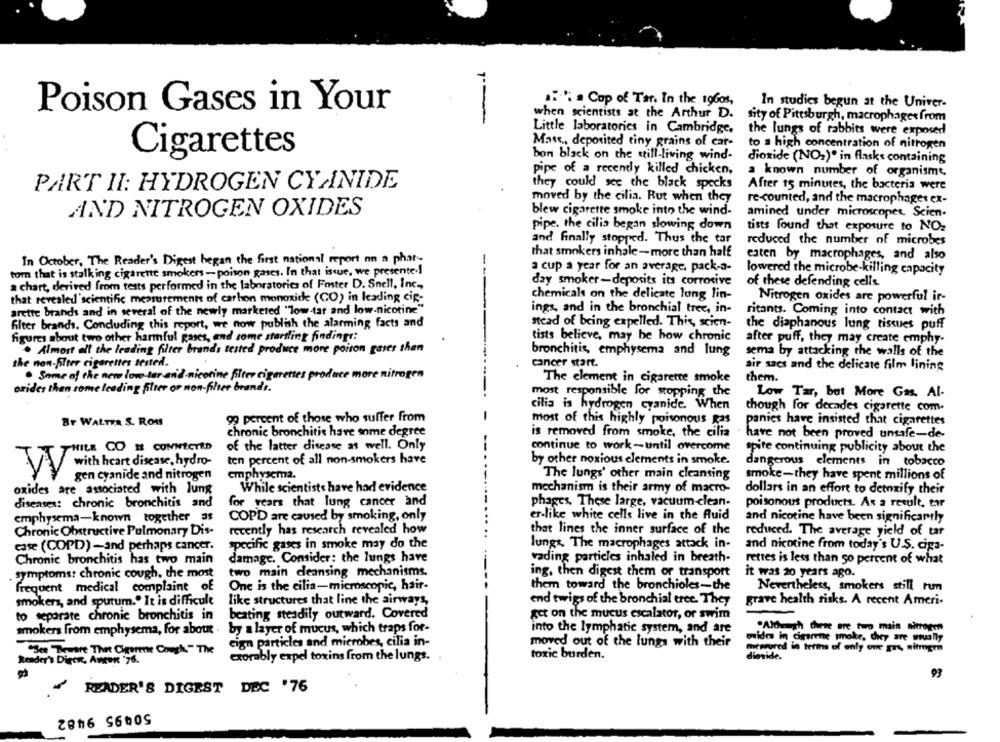
5." a Cop of Tar. In the roGos,
In studies begun at the Univer-
Poison Gases in Your
when scientists at the Arthur D.
sity of Pittsburgh, macrophages from
7º-
Little laboratories in Cambridge.
the lungs of rabbits were exposed
Mass ., deposited tiny grains of care
to a high concentration of nitrogen
Cigarettes
bon black on the still-living wind-
dioxide (NO:)" in flasks containing
pipe of a recently killed chicken,
a known number of organisme,
PART II: HYDROGEN CYANIDE
they could see the black specks
After 15 minutes, the bacteria were
moved by the cilia. Rut when they
re-counted, and the macrophages ex-
AND NITROGEN OXIDES
blew cigarette smoke into the wind-
amined under microscopes, Scien-
pipe. the cilia began slowing down
tists found that exposure to NO2
and finally stopped. Thus the tar
reduced the number of microbes
In October, The Reader's Digest began the first national report on a photo
that smokers inhale -more than half
eaten by macrophages, and also
tom that is stalk ing cigarette smokers - poison gases. In that issue, we presente .!
a cup a year for an average, pack-a-
lowered the microbe-killing capacity
day smoker-deposits its corrosive
of these defending cells.
a chart, derived from tests performed in the laboratories of Foster D. Snell, Inc .,
chemicals on the delicate lung lin-
that revealed' scientific measurement of carbon monoxide (CO) in leading cip-
Nitrogen oxides are powerful ir-
arette brands and in several of the newly marketed "low-tar and low-nicotine"
ings, and in the bronchial tree, in-
ritants. Coming into contact with
filter brands. Concluding this report, we now publish the alarming facts and
stead of being expelled. This, scien-
the diaphanous lung tissues puff
figures about two other harmful gases, and some startling findings:
tists believe, may be how chronic
after puff, they may create emphy-
. Almost all the leading filter brands tested produce more poison gases than
bronchitis, emphysema and lung
sema by attacking the walls of the
the non-filter cigarettes tested.
cancer start.
air saes and the delicate film lining
. Some of the new low-tar an'd-nicotine filter cigarettes produce more nitrogen
The element in cigarette smoke
them.
oxides than some leading filter or non-filter brands.
most responsible for stopping the
Low Tar, but More Gas. Al-
cilia is hydrogen cyanide. When
though for decades cigarette com-
Br WALTER S. ROM
99 percent of those who suffer from
most of this highly poisonous pas
panies have insisted that cigarettes
chronic bronchitis have some degree
is removed from smoke, the cilia
have not been proved unsafe-de-
PHILE CO # CONNECTED
of the latter disease as well. Only
continue to work-until overcome
spite continuing publicity about the
ten percent of all non-smokers have
by other noxious elements in smoke.
dangerous elements in tobacco
y with heart disease, hydro-
gen cyanide and nitrogen
emphysema.
The lungs' other main cleansing
smoke-they have spent millions of
oxides are associated with lung
While scientists have had evidence
mechanism is their army of macro-
dollars in an effort to detoxify their
diseases: chronic bronchitis and
for years that lung cancer and
phages. These large, vacuum-clean-
poisonous products. As a result, tar
emphysema-known together as
COPD are caused by smoking, only
er-like white cells live in the Auid
and nicotine have been significantly
Chronic Obstructive Pulmonary Dis-
recently has research revealed how
that lines the inner surface of the
reduced. The average yield of tar
case (COPD) -and perhaps cancer.
specific gases in smoke may do the
lungs. The macrophages attack in-
and nicotine from today's U.S. ciga-
Chronic bronchitis has two main
damage. Consider: the lungs have
vading particles inhaled in breath-
rettes is less than 50 percent of what
symptoms: chronic cough, the most
two main deansing mechanisms.
ing, then digest them or transport
it was 20 years ago.
One is the cilia-microscopic, hair-
them toward the bronchioles-the
frequent medical complaint of
Nevertheless, smokers still run
smokers, and sputum." It is difficult
like structures that line the airways,
end twigs of the bronchial eree. They
grave health risks. A recent Ameri-
beating steadily outward. Covered
get on the mucus escalator, or swim
to separate chronic bronchitis in
smokers from emphysema, for about .
by a layer of mucus, which traps for-
into the lymphatic system, and are
"Aldheugh thete are two main nitrogen
wides in cigarene smoke, diey are usually
cign particles and microbes, cilia in-
moved out of the lungs with their
"See Beware Thet Cigerente Cough," The
mesured in terms of only one grs, mitmgen
exorably expel toxins from the lungs.
toxic burden.
dianide.
Reader's Digest, Aveen '76.
93
READER'S DIGEST DEC '76
50995 9482